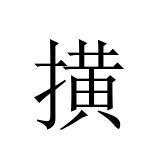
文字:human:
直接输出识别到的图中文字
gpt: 撗